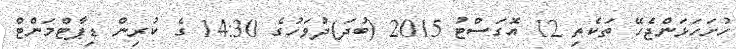
ހުށަހަޅަންޖެހޭ ތަކެތި 12 އޮގަސްޓު 2015 (ބުދަ)ދުވަހުގެ 14:30 ގެ ކުރިން ޑިޕާޓްމަންޓް